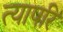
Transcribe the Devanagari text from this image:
त्यापरि